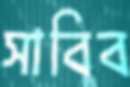
সাবিব